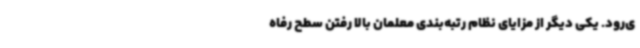
ی‌رود. یکی دیگر از مزایای نظام رتبه‌بندی معلمان بالا رفتن سطح رفاه